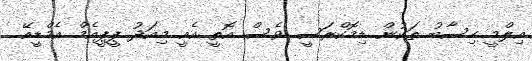
އިލްމީ ހިސާބު ތަކުން ޑިމޮކްރަސީ ވެސް އޮތީ އެއީ މިއަދު ޕީޕީއެމް އެމްޑީއޭ